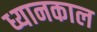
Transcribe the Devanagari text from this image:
ध्यानकाल